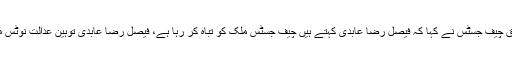
پاکستان 24 کے مطابق چیف جسٹس نے کہا کہ فیصل رضا عابدی کہتے ہیں چیف جسٹس ملک کو تباہ کر رہا ہے، فیصل رضا عابدی توہین عدالت نوٹس میں جواب داخل کریں ۔